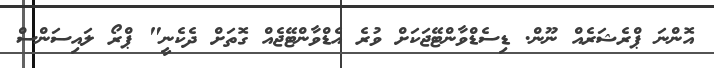
އޮންނަ ޕްރެޝަރެއް ނޫން. ޑިސެޑްވާންޓޭޖަކަށް ވުރެ އެޑްވާންޓޭޖެއް ގޮތަށް ދެކެނީ" ޕްރޯ ލައިސަންސް